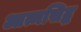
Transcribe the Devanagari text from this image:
आत्मसिद्ध